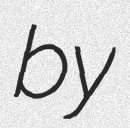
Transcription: by